Indian journal of veterinary science and animal husbandry - Volume 7,
Year: 1937
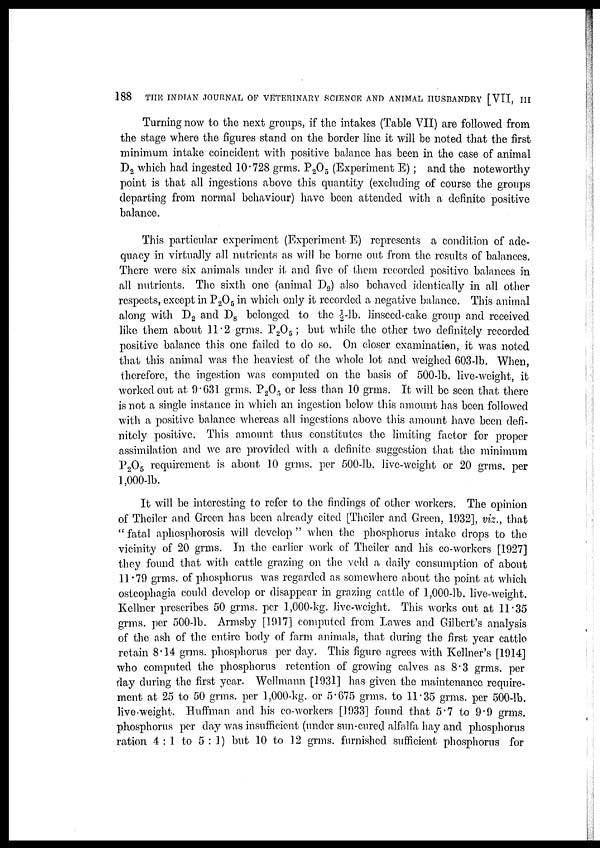
188
THE INDIAN JOURNAL OF VETERINARY SCIENCE AND ANIMAL HUSBANDRY [VII, III
Turning now to the next groups, if the intakes (Table VII) are followed from
the stage where the figures stand on the border line it will be noted that the first
minimum intake coincident with positive balance has been in the case of animal
D 2 which had ingested 10.728 grms. P2O5 (Experiment E) ; and the noteworthy
point is that all ingestions above this quantity (excluding of course the groups
departing from normal behaviour) have been attended with a definite positive
balance.
This particular experiment (Experiment E) represents a condition of ade-
quacy in virtually all nutrients as will be borne out from the results of balances.
There were six animals under it and five of them recorded positive balances in
all nutrients. The sixth one (animal D 9 ) also behaved identically in all other
respects, except in P 2 O 5 in which only it recorded a negative balance. This animal
along with D 2 and D 8 belonged to the ½ lb. linseed-cake group and received
like them about 11.2 grms. P2O5; but while the other two definitely recorded
positive balance this one failed to do so. On closer examination, it was noted
that this animal was the heaviest of the whole lot and weighed 603-lb. When,
therefore, the ingestion was computed on the basis of 500-lb. live-weight, it
worked out at 9.631 grms. P 2 O 5 or less than 10 grms. It will be seen that there
is not a single instance in which an ingestion below this amount has been followed
with a positive balance whereas all ingestions above this amount have been defi-
nitely positive. This amount thus constitutes the limiting factor for proper
assimilation and we are provided with a definite suggestion that the minimum
P2O5 requirement is about 10 grms. per 500-lb. live-weight or 20 grms. per
1,000-lb.
It will be interesting to refer to the findings of other workers. The opinion
of Theiler and Green has been already cited [Theiler and Green, 1932], viz., that
"fatal aphosphorosis will develop" when the phosphorus intake drops to the
vicinity of 20 grms. In the earlier work of Theiler and his co-workers [1927]
they found that with cattle grazing on the veld a daily consumption of about
11.79 grms. of phosphorus was regarded as somewhere about the point at which
osteophagia could develop or disappear in grazing cattle of 1,000-lb. live-weight.
Kellner prescribes 50 grms. per 1,000-kg. live-weight. This works out at 11.35
grms. per 500-lb. Armsby [1917] computed from Lawes and Gilbert's analysis
of the ash of the entire body of farm animals, that during the first year cattle
retain 8.14 grms. phosphorus per day. This figure agrees with Kellner's [1914]
who computed the phosphorus retention of growing calves as 8.3 grms. per
day during the first year. Wellmann [1931] has given the maintenance require-
ment at 25 to 50 grms. per 1,000-kg. or 5.675 grms. to 11.35 grms. per 500-lb.
live-weight. Huffman and his co-workers [1933] found that 5.7 to 9.9 grms.
phosphorus per day was insufficient (under sun-cured alfalfa hay and phosphorus
ration 4:1 to 5:1) but 10 to 12 grms. furnished sufficient phosphorus for